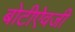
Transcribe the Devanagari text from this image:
बोटीऐवजी